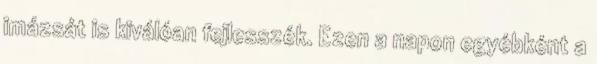
imázsát is kiválóan fejlesszék. Ezen a napon egyébként a